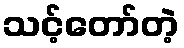
သင့်တော်တဲ့